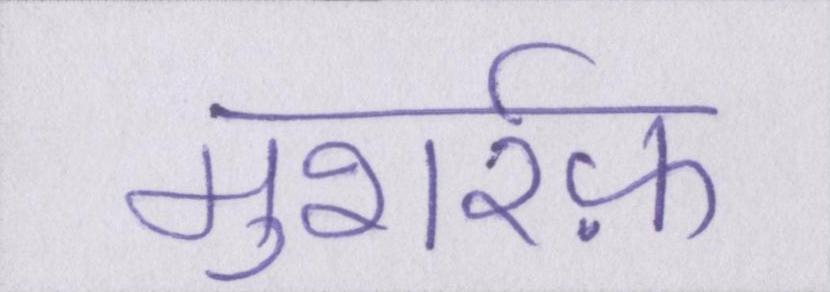
मुशर्रफ़